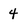
Character: 4